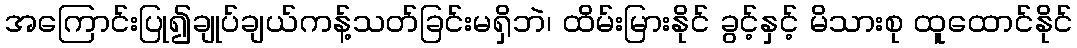
အကြောင်းပြု၍ချုပ်ချယ်ကန့်သတ်ခြင်းမရှိဘဲ၊ ထိမ်းမြားနိုင် ခွင့်နှင့် မိသားစု ထူထောင်နိုင်